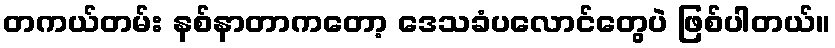
တကယ်တမ်း နစ်နာတာကတော့ ဒေသခံပလောင်တွေပဲ ဖြစ်ပါတယ်။